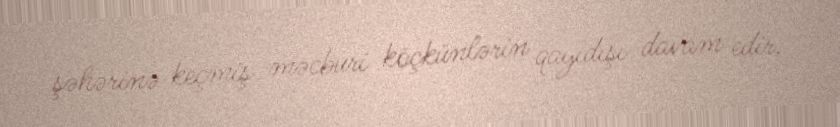
şəhərinə keçmiş məcburi köçkünlərin qayıdışı davam edir.